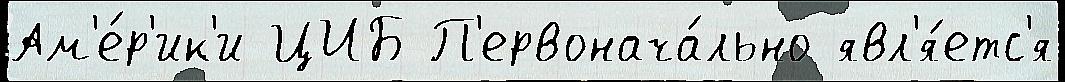
Ам'е́р'ик'и ЦИБ П'ервонача́льно явл'я́етс'я